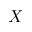
X